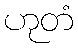
ဟုတံ